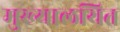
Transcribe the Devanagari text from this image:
मुख्यालयित